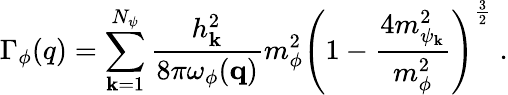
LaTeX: \Gamma_{\phi}(q)=\sum_{\mathbf{k}=1}^{N_{\psi}}\frac{{h_{\mathbf{k}}^{2}}}{{8\pi\omega_{\phi}({\mathbf{q}})}}m_{\phi}^{2}\left(1-\frac{{4m_{\psi_{\mathbf{k}}}^{2}}}{{m_{\phi}^{2}}}\right)^{\frac{{3}}{{2}}}\; .